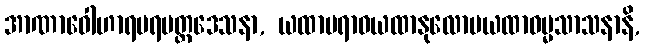
အာဏာဝေါဟာရပရမတ္ထဒေသနာ, ယထာပရာဓယထာနုလောမယထာဓမ္မသာသနာနိ,